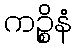
ကဉ္စိနံ